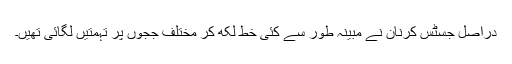
دراصل جسٹس کرنان نے مبینہ طور سے کئی خط لکھ کر مختلف ججوں پر تہمتیں لگائی تھیں۔